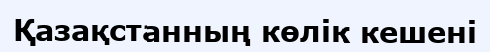
Қазақстанның көлік кешені